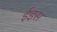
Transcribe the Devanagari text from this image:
ईइस